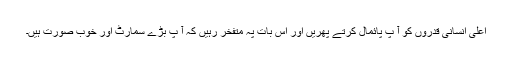
اعلی انسانی قدروں کو آ پ پائمال کرتے پھریں اور اس بات پہ متفخر رہیں کہ آ پ بڑے سمارٹ اور خوب صورت ہیں۔